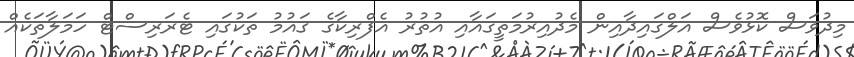
މިދުވަސް ކޮޅުވެސް އަލްގައިދާއިން މެދުއިރުމަތީގައާއި އުތުރު އެފްރިކާގެ ޤައުމު ތަކުގައި ޓެރަރިސްޓް ހަމަލާތަކެއް